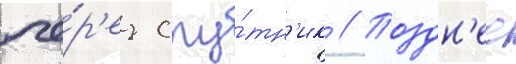
че́р'ез спу́тн'ик // Поздн'ее